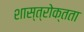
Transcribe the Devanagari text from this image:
शास्त्रोक्तता